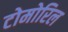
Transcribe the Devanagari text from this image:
टोमोरिल